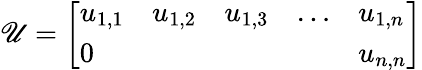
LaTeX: \mathscr{U}={\left[\begin{array}{lllll}{u_{1,1}}&{u_{1,2}}&{u_{1,3}}&{\ldots}&{u_{1,n}}\\ {0}&{}&{}&{}&{u_{n,n}}\end{array}\right]}